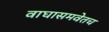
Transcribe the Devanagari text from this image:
वाघासमवेतच